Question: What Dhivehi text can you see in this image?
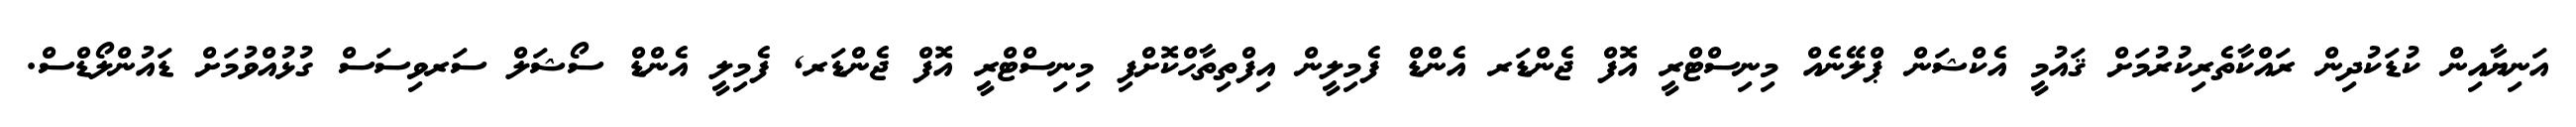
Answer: އަނިޔާއިން ކުޑަކުދިން ރައްކާތެރިކުރުމަށް ޤައުމީ އެކްޝަން ޕްލޭނެއް މިނިސްޓްރީ އޮފް ޖެންޑަރ އެންޑް ފެމިލީން އިފްތިތާޙްކޮށްފި މިނިސްޓްރީ އޮފް ޖެންޑަރ, ފެމިލީ އެންޑް ސޯޝަލް ސަރވިސަސް ގުޅުއްވުމަށް ޑައުންލޯޑްސް.